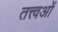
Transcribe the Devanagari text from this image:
तत्त्वओं